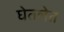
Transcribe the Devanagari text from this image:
घेतलेत